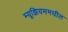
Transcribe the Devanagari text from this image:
म्यूझियममधील